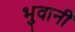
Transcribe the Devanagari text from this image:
भुवानी